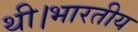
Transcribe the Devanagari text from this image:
थी।भारतीय